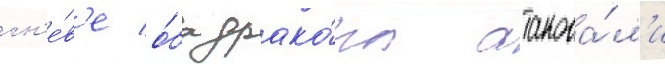
гн'е́в'е о́ба драко́на атакова́л'и